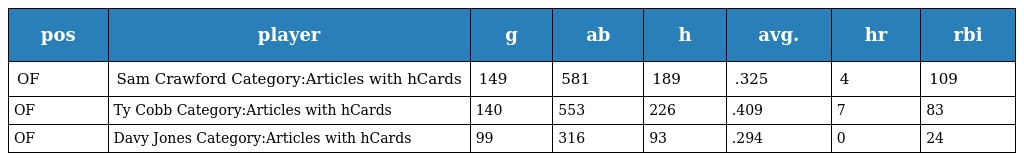
| pos | player | g | ab | h | avg. | hr | rbi |
 | --- | --- | --- | --- | --- | --- | --- | --- |
 | OF | Sam Crawford Category:Articles with hCards | 149 | 581 | 189 | .325 | 4 | 109 |
 | OF | Ty Cobb Category:Articles with hCards | 140 | 553 | 226 | .409 | 7 | 83 |
 | OF | Davy Jones Category:Articles with hCards | 99 | 316 | 93 | .294 | 0 | 24 |